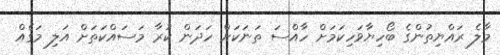
މާލެ ރައްޔިތުންގެ ބޯހިޔާވަހިކަމަށް ހާއްސަ ތަނަކަށް ހަދަން ކުރާ މަސައްކަތަށް އަލި މަގެއް